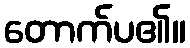
တောက်ပ၏။